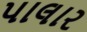
પાલાર